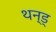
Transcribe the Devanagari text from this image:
थन्ड्